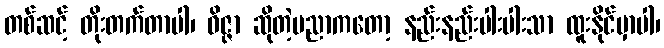
တစ်ဆင့် တိုးတက်တာပါ၊ ဝိဇ္ဇာ ဆိုတဲ့ပညာကတော့ နည်းနည်းပါးပါးသာ ထူးနိုင်မှာပါ၊